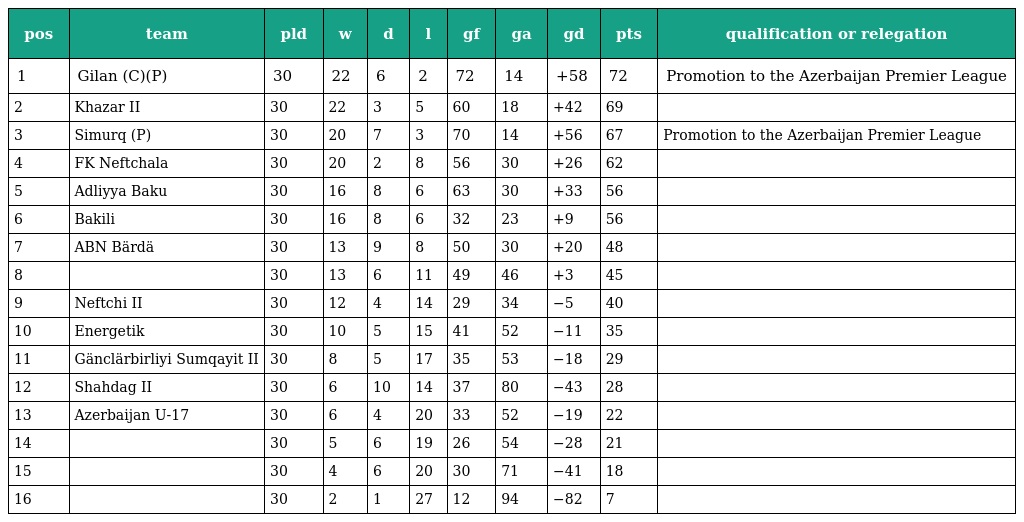
| pos | team | pld | w | d | l | gf | ga | gd | pts | qualification or relegation |
 | --- | --- | --- | --- | --- | --- | --- | --- | --- | --- | --- |
 | 1 | Gilan (C)(P) | 30 | 22 | 6 | 2 | 72 | 14 | +58 | 72 | Promotion to the Azerbaijan Premier League |
 | 2 | Khazar II | 30 | 22 | 3 | 5 | 60 | 18 | +42 | 69 |  |
 | 3 | Simurq (P) | 30 | 20 | 7 | 3 | 70 | 14 | +56 | 67 | Promotion to the Azerbaijan Premier League |
 | 4 | FK Neftchala | 30 | 20 | 2 | 8 | 56 | 30 | +26 | 62 |  |
 | 5 | Adliyya Baku | 30 | 16 | 8 | 6 | 63 | 30 | +33 | 56 |  |
 | 6 | Bakili | 30 | 16 | 8 | 6 | 32 | 23 | +9 | 56 |  |
 | 7 | ABN Bärdä | 30 | 13 | 9 | 8 | 50 | 30 | +20 | 48 |  |
 | 8 |  | 30 | 13 | 6 | 11 | 49 | 46 | +3 | 45 |  |
 | 9 | Neftchi II | 30 | 12 | 4 | 14 | 29 | 34 | −5 | 40 |  |
 | 10 | Energetik | 30 | 10 | 5 | 15 | 41 | 52 | −11 | 35 |  |
 | 11 | Gänclärbirliyi Sumqayit II | 30 | 8 | 5 | 17 | 35 | 53 | −18 | 29 |  |
 | 12 | Shahdag II | 30 | 6 | 10 | 14 | 37 | 80 | −43 | 28 |  |
 | 13 | Azerbaijan U-17 | 30 | 6 | 4 | 20 | 33 | 52 | −19 | 22 |  |
 | 14 |  | 30 | 5 | 6 | 19 | 26 | 54 | −28 | 21 |  |
 | 15 |  | 30 | 4 | 6 | 20 | 30 | 71 | −41 | 18 |  |
 | 16 |  | 30 | 2 | 1 | 27 | 12 | 94 | −82 | 7 |  |